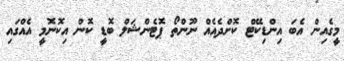
މީގެއިން އެބަ އިންޑިކޭޓް ކޮށްދެއެއް ނޫންތޯ ޕޮޓެންޝަލް ބޮޑީ ކޮން އިކޮނޮމީ އެއްގައި